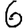
Digit: 6